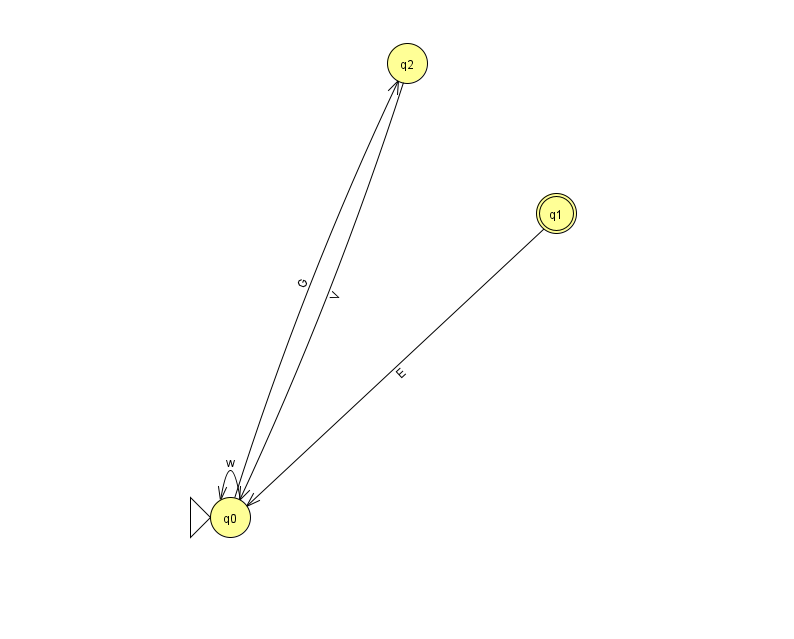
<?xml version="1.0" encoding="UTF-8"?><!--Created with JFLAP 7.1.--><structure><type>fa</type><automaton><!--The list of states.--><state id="0" name="q0"><x>230.0</x><y>504.0</y><initial/></state><state id="1" name="q1"><x>556.0</x><y>200.0</y><final/></state><state id="2" name="q2"><x>407.0</x><y>50.0</y></state><!--The list of transitions.--><transition><from>2</from><to>0</to><read>V</read></transition><transition><from>0</from><to>2</to><read>G</read></transition><transition><from>0</from><to>0</to><read>w</read></transition><transition><from>1</from><to>0</to><read>E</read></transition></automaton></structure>